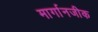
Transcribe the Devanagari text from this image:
मार्गानजीक